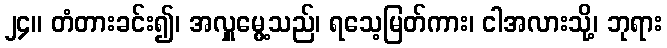
၂၄။ တံတားခင်း၍၊ အလှူမွေ့သည်၊ ရသေ့မြတ်ကား၊ ငါအလားသို့၊ ဘုရား